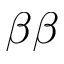
\beta \beta